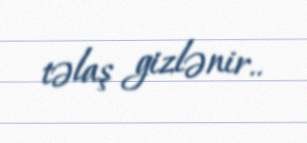
təlaş gizlənir..